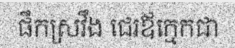
ផឹកស្រវឹង ជេរឪក្មេកជា